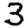
Digit: 3